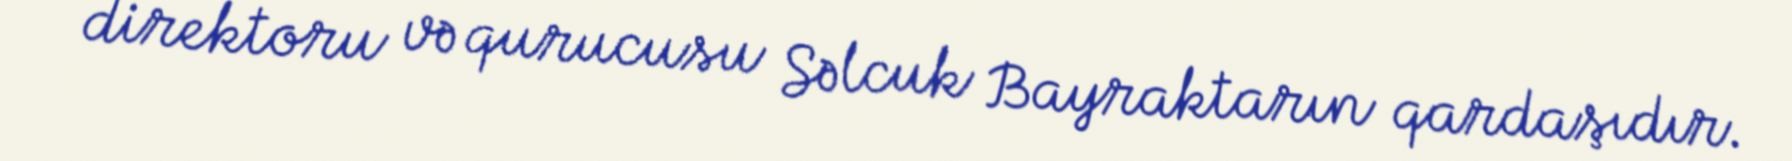
direktoru və qurucusu Səlcuk Bayraktarın qardaşıdır.